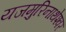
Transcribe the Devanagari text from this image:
यजमुरिनाथेश्‍वर